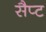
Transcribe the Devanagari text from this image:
सैप्ट